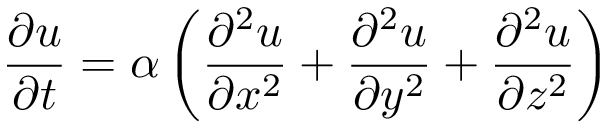
{ \frac { \partial u } { \partial t } } = \alpha \left( { \frac { \partial ^ { 2 } u } { \partial x ^ { 2 } } } + { \frac { \partial ^ { 2 } u } { \partial y ^ { 2 } } } + { \frac { \partial ^ { 2 } u } { \partial z ^ { 2 } } } \right)